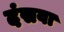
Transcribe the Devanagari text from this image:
दंसवा